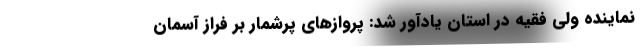
نماینده ولی فقیه در استان یادآور شد: پروازهای پرشمار بر فراز آسمان